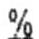
%